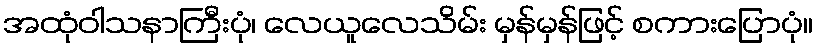
အထုံဝါသနာကြီးပုံ၊ လေယူလေသိမ်း မှန်မှန်ဖြင့် စကားပြောပုံ။